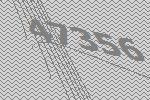
47356